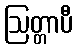
ဩတ္တာပီ